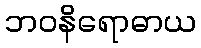
ဘဝနိရောဓာယ